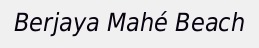
Berjaya Mahé Beach